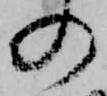
の